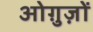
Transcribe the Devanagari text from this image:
ओग़ुज़ों